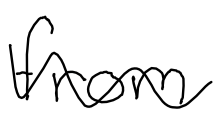
Text: from
Cross-out: wave
Writing tool: digital_black